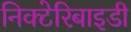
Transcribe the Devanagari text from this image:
निक्टेरिबाइडी